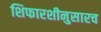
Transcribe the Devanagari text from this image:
शिफारशीनुसारच